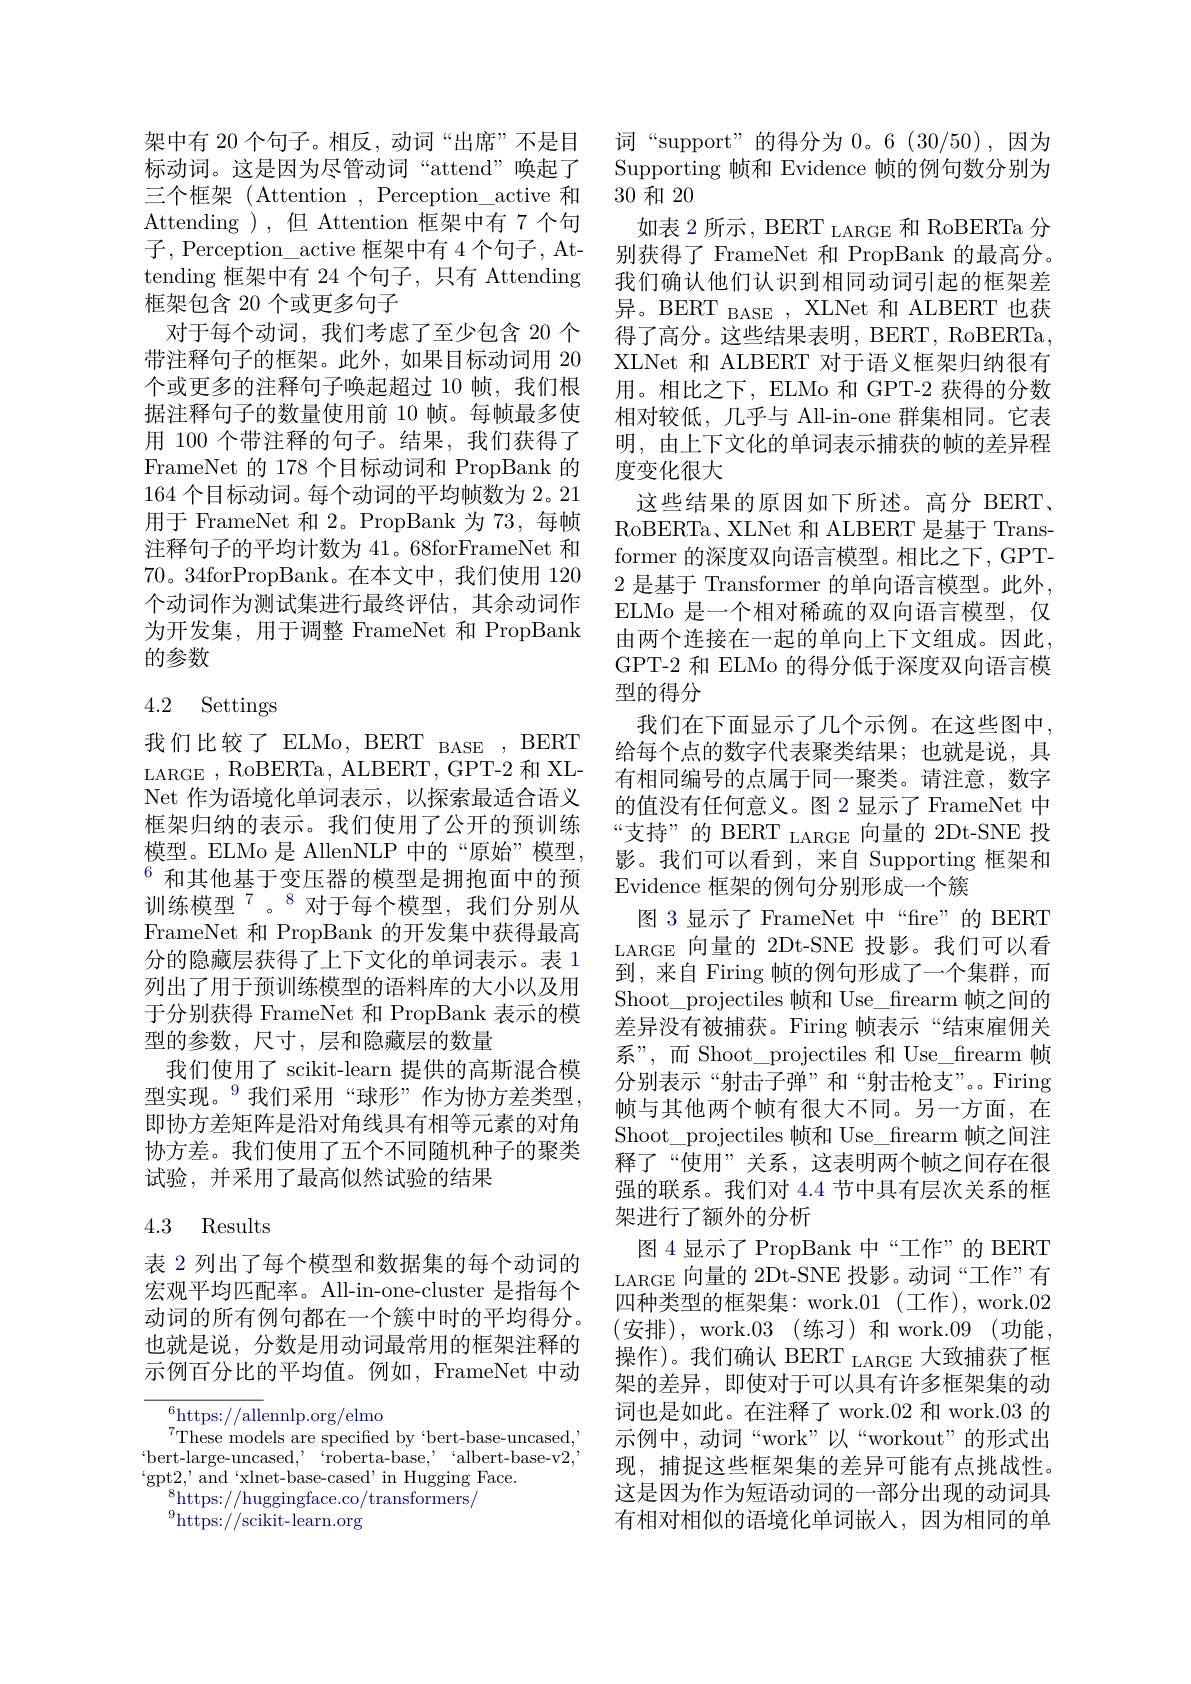
架中有 20 个句子。相反，动词“出席”不是目标动词。这是因为尽管动词“attend”唤起了三个框架 (Attention , Perception\_active 和Attending ),但 Attention 框架中有 7 个句子，Perception\_active 框架中有 4 个句子，Attending 框架中有 24 个句子，只有 Attending 框架包含 20 个或更多句子
对于每个动词，我们考虑了至少包含 20 个带注释句子的框架。此外，如果目标动词用 20个或更多的注释句子唤起超过 10 帧，我们根据注释句子的数量使用前 10 帧。每帧最多使用 100 个带注释的句子。结果，我们获得了FrameNet 的 178 个目标动词和 PropBank 的164个目标动词。每个动词的平均帧数为 2。21用于 FrameNet 和 2。PropBank 为 73,每帧注释句子的平均计数为 41。68forFrameNet 和70。34forPropBank。在本文中，我们使用 120个动词作为测试集进行最终评估，其余动词作为开发集，用于调整 FrameNet 和 PropBank 的参数

# 4.2 Settings

我们比较了 ELMo, BERT BASE , BERT LARGE , RoBERTa, ALBERT , GPT-2 和 XLNet 作为语境化单词表示，以探索最适合语义框架归纳的表示。我们使用了公开的预训练模型。ELMo 是 AllenNLP 中的“原始”模型。$^{6}$和其他基于变压器的模型是拥抱面中的预训练模型$^{7}$。$^{8}$对于每个模型，我们分别从FrameNet 和 PropBank 的开发集中获得最高分的隐藏层获得了上下文化的单词表示。表 1列出了用于预训练模型的语料库的大小以及用于分别获得 FrameNet 和 PropBank 表示的模型的参数，尺寸，层和隐藏层的数量
我们使用了 scikit-learn 提供的高斯混合模型实现。$^{9}$我们采用“球形”作为协方差类型， 即协方差矩阵是沿对角线具有相等元素的对角协方差。我们使用了五个不同随机种子的聚类试验，并采用了最高似然试验的结果

### 4.3 Results

表 2 列出了每个模型和数据集的每个动词的宏观平均匹配率。All-in-one-cluster 是指每个动词的所有例句都在一个簇中时的平均得分。也就是说，分数是用动词最常用的框架注释的示例百分比的平均值。例如，FrameNet 中动

$^{6}$https://allennlp.org/elmo
These models are specified by 'bert-base-uncased, ' $`$bert-large-uncased, $`$roberta-base, $`$albert-base-v2, $ ^{\prime }$gpt2, $ ^{\prime }$ and$ ^{\prime }$xlnet- base- case$d^{\prime }$ in Hugging Face.
$^{8}$https://huggingface.co/transformers/
$^{9}$https://scikit-learn.org

词“support”的得分为 0。6(30/50),因为Supporting 帧和 Evidence 帧的例句数分别为30和 20
如表 2 所示，BERT LARGE 和 RoBERTa 分别获得了 FrameNet 和 PropBank 的最高分。我们确认他们认识到相同动词引起的框架差异。BERT BASE , XLNet 和 ALBERT 也获得了高分。这些结果表明，BERT, RoBERTa, XLNet 和 ALBERT 对于语义框架归纳很有用。相比之下，ELMo 和 GPT-2 获得的分数相对较低，几乎与 All-in-one 群集相同。它表明，由上下文化的单词表示捕获的帧的差异程度变化很大
这些结果的原因如下所述。高分 BERT、 RoBERTa、XLNet 和 ALBERT 是基于 Transformer 的深度双向语言模型。相比之下，GPT- 2 是基于 Transformer 的单向语言模型。此外， ELMo 是一个相对稀疏的双向语言模型，仅由两个连接在一起的单向上下文组成。因此， GPT-2 和 ELMo 的得分低于深度双向语言模型的得分
我们在下面显示了几个示例。在这些图中， 给每个点的数字代表聚类结果；也就是说，具有相同编号的点属于同一聚类。请注意，数字的值没有任何意义。图 2 显示了 FrameNet 中“支持”的 BERT LARGE 向量的 2Dt-SNE 投影。我们可以看到，来自 Supporting 框架和Evidence 框架的例句分别形成一个簇
图 3显示了 FrameNet 中“fre”的 BERT LARGE 向量的 2Dt-SNE 投影。我们可以看到，来自 Firing 帧的例句形成了一个集群，而Shoot\_projectiles 帧和 Use\_frearm 帧之间的差异没有被捕获。Firing 帧表示“结束雇佣关系”,而 Shoot\_projectiles 和 Use\_frearm 帧分别表示“射击子弹”和“射击枪支”。Firing 帧与其他两个帧有很大不同。另一方面，在Shoot\_projectiles 帧和 Use\_frearm 帧之间注释了“使用”关系，这表明两个帧之间存在很强的联系。我们对 4.4 节中具有层次关系的框架进行了额外的分析
图 4 显示了 PropBank 中“工作”的 BERT LARGE 向量的 2Dt-SNE 投影。动词“工作”有四种类型的框架集：work.01(工作), work.02 (安排),work.03(练习)和work.09(功能， 操作)。我们确认 BERT LARGE 大致捕获了框架的差异，即使对于可以具有许多框架集的动词也是如此。在注释了 work.02 和 work.03 的示例中，动词“work”以“workout”的形式出现，捕捉这些框架集的差异可能有点挑战性。这是因为作为短语动词的一部分出现的动词具有相对相似的语境化单词嵌入，因为相同的单